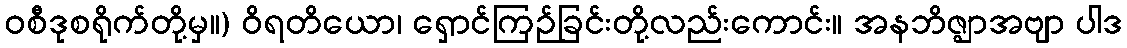
ဝစီဒုစရိုက်တို့မှ။) ဝိရတိယော၊ ရှောင်ကြဉ်ခြင်းတို့လည်းကောင်း။ အနဘိဇ္ဈာအဗျာ ပါဒ